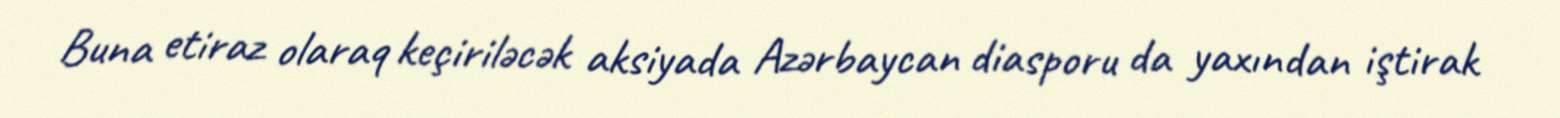
Buna etiraz olaraq keçiriləcək aksiyada Azərbaycan diasporu da yaxından iştirak